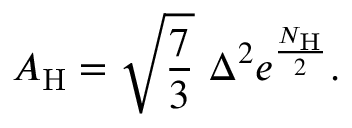
A _ { \mathrm { H } } = \sqrt { \frac { 7 } { 3 } } ~ \Delta ^ { 2 } e ^ { \frac { N _ { \mathrm { H } } } { 2 } } .